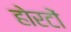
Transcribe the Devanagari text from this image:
होरटों